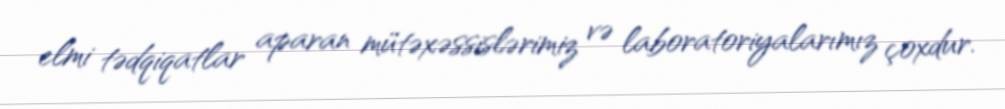
elmi tədqiqatlar aparan mütəxəssislərimiz və laboratoriyalarımız çoxdur.